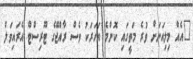
"އެއް މިލިއަނަށް ވުރެ މަތީގައި ކޮންމެ އަހަރަކު ވެސް ރާއްޖޭގެ ޓޫރިސްޓް އެރައިވަލް